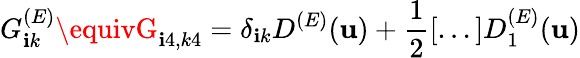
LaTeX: G_{\mathbf{i}k}^{(E)}\equivG_{\mathbf{i}4,k4}=\delta_{\mathbf{i}k}D^{(E)}(\mathbf{u})+\frac{{1}}{{2}}[...]D_{1}^{(E)}(\mathbf{u})